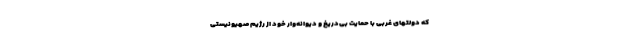
که دولتهای غربی با حمایت بی‌دریغ و دیوانه‌وار خود از رژیم صهیونیستی